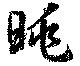
眺